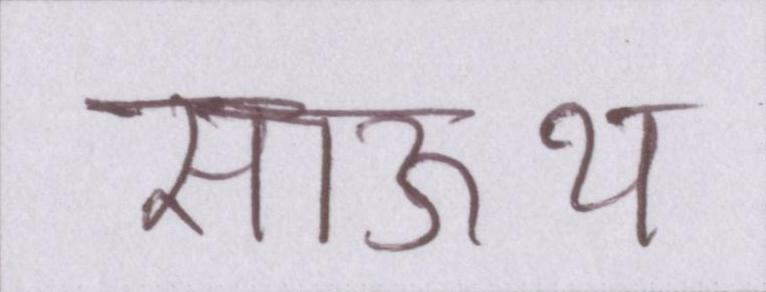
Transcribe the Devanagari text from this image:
साऊथ